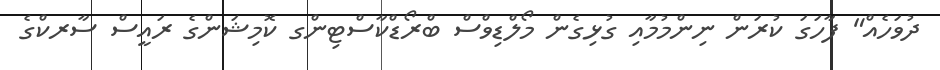
ދުވަހެއް" ފާހަގަ ކުރަން ނިންމުމާއި ގުޅިގެން މޯލްޑިވްސް ބްރޯޑްކާސްޓިންގ ކޮމިޝަންގެ ރައީސް ސާރކްގެ